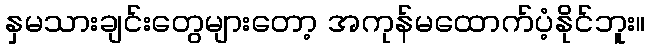
နှမသားချင်းတွေများတော့ အကုန်မထောက်ပံ့နိုင်ဘူး။